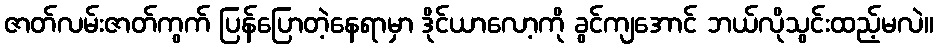
ဇာတ်လမ်းဇာတ်ကွက် ပြန်ပြောတဲ့နေရာမှာ ဒိုင်ယာလော့ကို ခွင်ကျအောင် ဘယ်လိုသွင်းထည့်မလဲ။